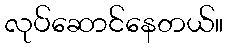
လုပ်ဆောင်နေတယ်။